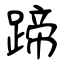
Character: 蹄